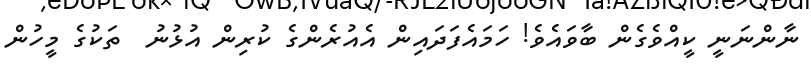
ނާންނަނީ ކީއްވެގެން ބާވައެވެ! ހަމައެފަދައިން އެއުރެންގެ ކުރިން އުޅުނު  ތަކުގެ މީހުން